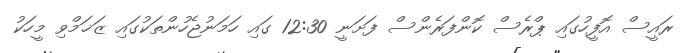
ރައީސް އޮފީހުގައި ޕްރެސް ކޮންފަރެންސް ފަށަނީ 12:30 ގައި ހަމަނުޖެހުންތަކުގައި ޒަޚަމްވި މީހަކު